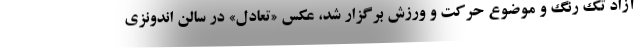
آزاد تک رنگ و موضوع حرکت و ورزش برگزار شد، عکس «تعادل» در سالن اندونزی